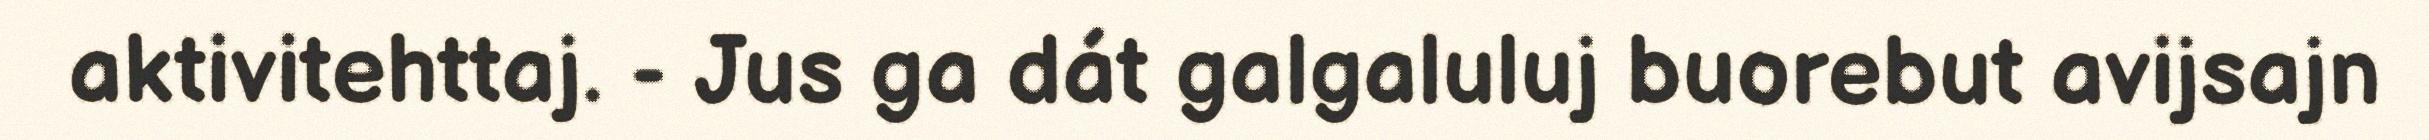
aktivitehttaj. - Jus ga dát galgaluluj buorebut avijsajn